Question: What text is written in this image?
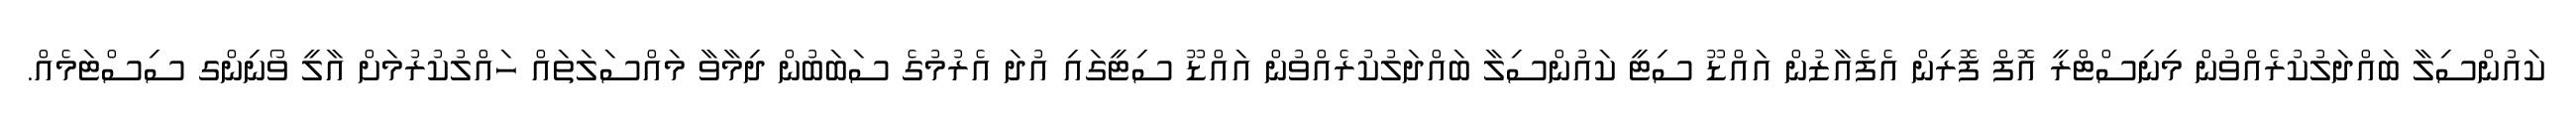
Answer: ކައުންސިލާ ބައްދަލުކުރެއްވުން މިނިސްޓްރީ އޮފް ފޮރިން އެފެއާޒުން އައްޑޫ ސިޓީ ކައުންސިލާ ބައްދަލުކުރެއްވުން އައްޑޫ ސިޓީގައި އުދަ އެރުމުގެ ސަބަބުން ދިމާވާ މައްސަލަތައް ހައްލުކުރުމަށް އާލީ ވޯނިންގ ސިސްޓަމެއް.